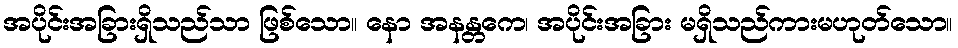
အပိုင်းအခြားရှိသည်သာ ဖြစ်သော။ နော အနန္တကေ၊ အပိုင်းအခြား မရှိသည်ကားမဟုတ်သော။